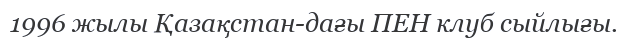
1996 жылы Қазақстан-дағы ПЕН клуб сыйлығы.